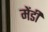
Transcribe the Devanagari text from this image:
मेंडी